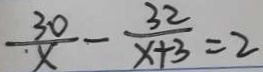
\frac { 3 0 } { x } - \frac { 3 2 } { x + 3 } = 2